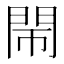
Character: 𨳪